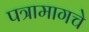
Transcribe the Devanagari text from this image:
पत्रामागचे